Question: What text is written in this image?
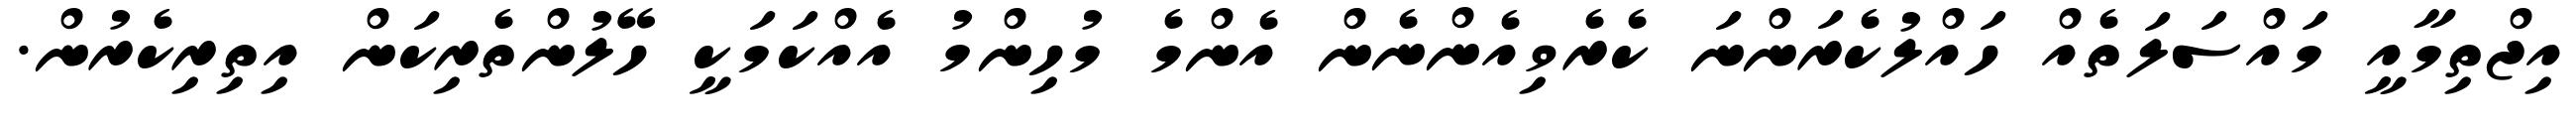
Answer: އިޖްތިމާއީ މައްސަލަތެއް ހައްލުކެރަންނަ ކެރެވިއެންނެން އެންމެ މުހިންމު އެއްކަމަކީ ހޭލުންތެރިކަން އިތިރިކެރުން.